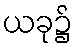
ယခု၌